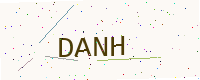
Text: DANH